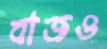
বাজও